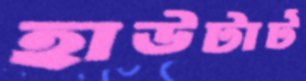
হাউটার্ট